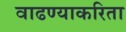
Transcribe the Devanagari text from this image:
वाढण्याकरिता